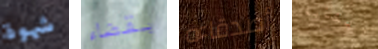
شهوة بقضاء أصدقاءه الكآبة